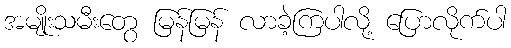
အမျိုးသမီးတွေ မြန်မြန် လာခဲ့ကြပါလို့ ပြောလိုက်ပါ